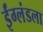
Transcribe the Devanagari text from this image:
ईंग्लंडला